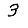
Digit: 3